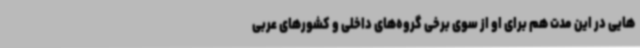
هایی در این مدت هم برای او از سوی برخی گروه‌های داخلی و کشورهای عربی